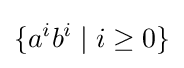
\{a^{i}b^{i}\mid i\geq 0\}